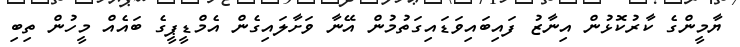
ޔާމީންގެ ކާރުކޮޅުން އިނާޒު ފައިބައިވަޑައިގަތުމުން އޭނާ ވަށާލައިގެން އެމްޑީޕީގެ ބައެއް މީހުން ތިބި